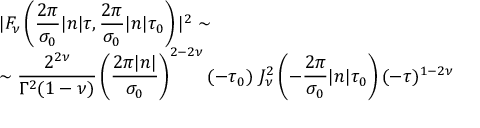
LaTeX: \begin{array} { l } { { { \displaystyle | F _ { \nu } \left( \frac { 2 \pi } { \sigma _ { 0 } } | n | \tau , \frac { 2 \pi } { \sigma _ { 0 } } | n | \tau _ { 0 } \right) | ^ { 2 } \sim } } } \\ { { \sim { \displaystyle \frac { 2 ^ { 2 \nu } } { \Gamma ^ { 2 } ( 1 - \nu ) } \left( \frac { 2 \pi | n | } { \sigma _ { 0 } } \right) ^ { 2 - 2 \nu } ( - \tau _ { 0 } ) ~ J _ { \nu } ^ { 2 } \left( - \frac { 2 \pi } { \sigma _ { 0 } } | n | \tau _ { 0 } \right) ( - \tau ) ^ { 1 - 2 \nu } } } } \end{array}